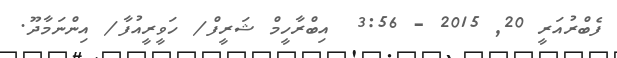
ފެބްރުއަރީ 20